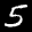
Label: 5